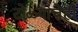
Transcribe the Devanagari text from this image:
टोळ्यांचेही